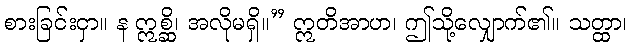
စားခြင်းငှာ။ န ဣစ္ဆိ၊ အလိုမရှိ။” ဣတိအာဟ၊ ဤသို့လျှောက်၏။ သတ္ထာ၊